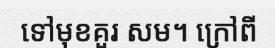
ទៅមុខគួរ សម។ ក្រៅពី